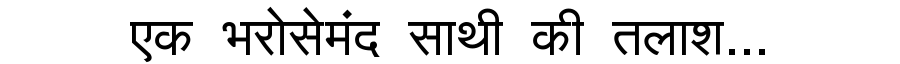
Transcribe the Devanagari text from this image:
एक भरोसेमंद साथी की तलाश...